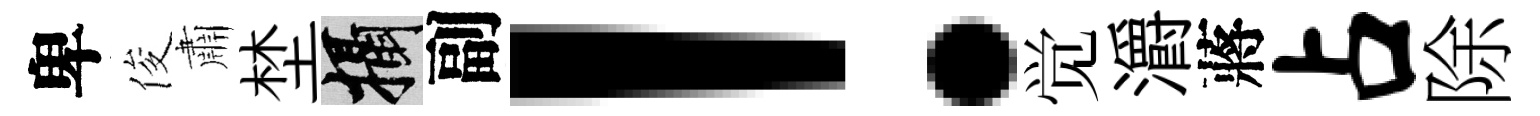
卑俊肅埜攝副！觉灂蔣占除